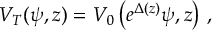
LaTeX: V _ { T } ( \psi , z ) = V _ { 0 } \left( e ^ { \Delta ( z ) } \psi , z \right) \, ,